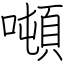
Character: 噸